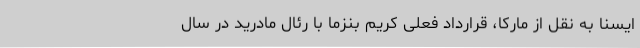
ایسنا به نقل از مارکا، قرارداد فعلی کریم بنزما با رئال مادرید در سال